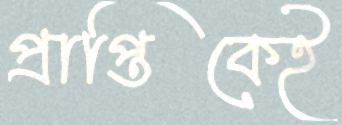
প্রাপ্তিকেই